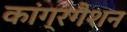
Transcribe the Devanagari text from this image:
कांग्रगैशन